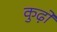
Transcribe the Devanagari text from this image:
कुढ़ो